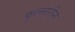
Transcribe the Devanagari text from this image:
फुल्लरीन्